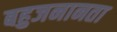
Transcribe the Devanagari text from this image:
बहुजनानता